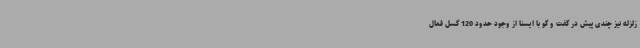
زلزله نیز چندی پیش در گفت و گو با ایسنا از وجود حدود 120 گسل فعال